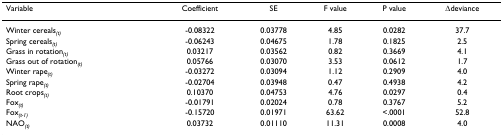
<table><thead><tr><td><b>Variable</b></td><td><b>Coefficient</b></td><td><b>SE</b></td><td><b>F value</b></td><td><b>P value</b></td><td><b>Δdeviance</b></td></tr></thead><tbody><tr><td>Winter cereals<sub><i>(t)</i></sub></td><td>-0.08322</td><td>0.03778</td><td>4.85</td><td>0.0282</td><td>37.7</td></tr><tr><td>Spring cereals<sub><i>(t)</i></sub></td><td>-0.06243</td><td>0.04675</td><td>1.78</td><td>0.1825</td><td>2.5</td></tr><tr><td>Grass in rotation<sub><i>(t)</i></sub></td><td>0.03217</td><td>0.03562</td><td>0.82</td><td>0.3669</td><td>4.1</td></tr><tr><td>Grass out of rotation<sub><i>(t)</i></sub></td><td>0.05766</td><td>0.03070</td><td>3.53</td><td>0.0612</td><td>1.7</td></tr><tr><td>Winter rape<sub><i>(t)</i></sub></td><td>-0.03272</td><td>0.03094</td><td>1.12</td><td>0.2909</td><td>4.0</td></tr><tr><td>Spring rape<sub><i>(t)</i></sub></td><td>-0.02704</td><td>0.03948</td><td>0.47</td><td>0.4938</td><td>4.2</td></tr><tr><td>Root crops<sub><i>(t)</i></sub></td><td>0.10370</td><td>0.04753</td><td>4.76</td><td>0.0297</td><td>0.4</td></tr><tr><td>Fox<sub><i>(t)</i></sub></td><td>-0.01791</td><td>0.02024</td><td>0.78</td><td>0.3767</td><td>5.2</td></tr><tr><td>Fox<sub><i>(t-1)</i></sub></td><td>-0.15720</td><td>0.01971</td><td>63.62</td><td>&lt;.0001</td><td>52.8</td></tr><tr><td>NAO<sub><i>(t)</i></sub></td><td>0.03732</td><td>0.01110</td><td>11.31</td><td>0.0008</td><td>4.0</td></tr></tbody></table>